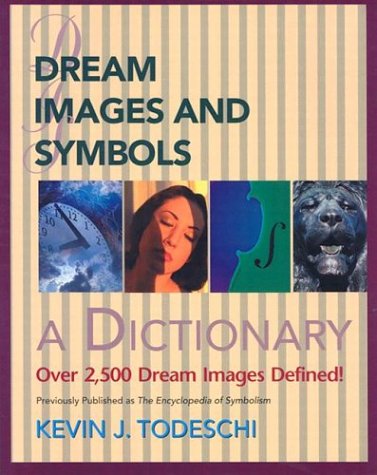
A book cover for Dream Images and Symbols: A Dictionary (Creative Breakthroughs Books); Kevin J. Todeschi; Self-Help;